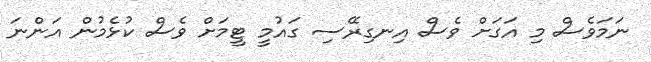
ނަމަވެސް މި އަގަށް ވެސް އިނގިރޭސި ގައުމީ ޓީމަށް ވެސް ކުޅެމުން އަންނަ